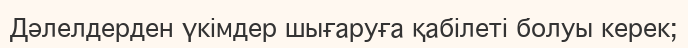
Дәлелдерден үкімдер шығаруға қабілеті болуы керек;